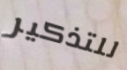
للتذكير